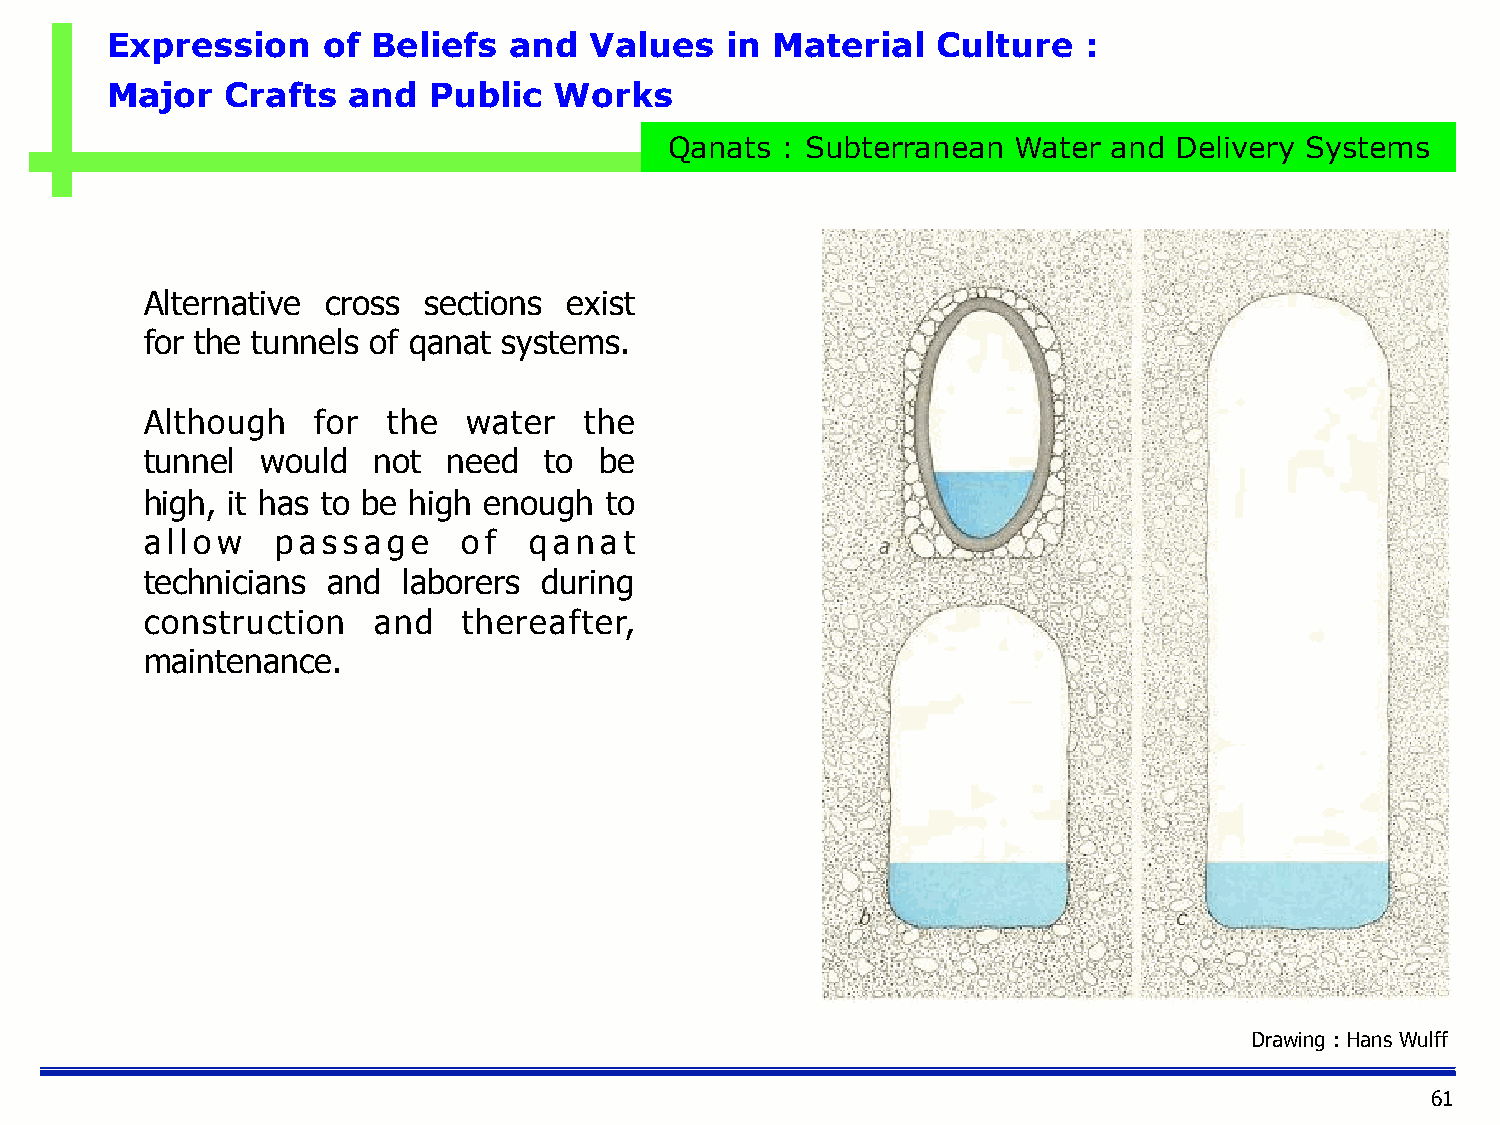
Expression    of  Beliefs  and  Values   in Material   Culture   :
 Major   Crafts  and  Public   Works
 Qanats  : Subterranean Water  and Delivery Systems
 Alternative cross sections  exist
 for the tunnels of qanat systems.
 Although   for  the  water   the
 tunnel would   not  need  to  be
 high, it has to be high enough to
 allow   passage      of  qanat
 technicians and  laborers during
 construction   and   thereafter,
 maintenance.
 Drawing : Hans Wulff
 61